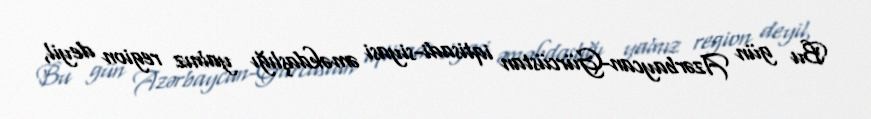
Bu gün Azərbaycan-Gürcüstan iqtisadi-siyasi əməkdaşlığı yalnız region deyil,